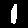
Digit: 1